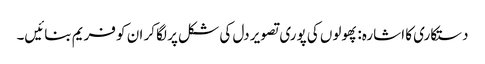
دستکاری کا اشارہ: پھولوں کی پوری تصویر دل کی شکل پر لگا کر ان کو فریم بنائیں۔